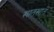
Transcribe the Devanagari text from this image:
खातखात